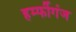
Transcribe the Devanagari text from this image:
हर्म्फीगंज